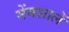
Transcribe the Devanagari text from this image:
मेंमशालें